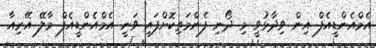
އެމްއެންޑީއެފް އިން ވިދާޅުވީ މި ދޯނި ފެންމަތިކޮށްފައި ވަނީ އެމްއެންޑީއެފް މާލޭ އޭރިއާ